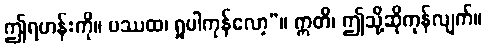
ဤရဟန်းကို။ ပဿထ၊ ရှုပါကုန်လော့”။ ဣတိ၊ ဤသို့ဆိုကုန်လျက်။